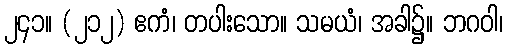
၂၄၁။ (၂၁၂) ဧကံ၊ တပါးသော။ သမယံ၊ အခါ၌။ ဘဂဝါ၊